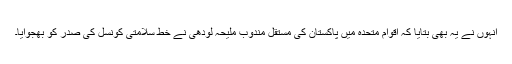
انہوں نے یہ بھی بتایا کہ اقوام متحدہ میں پاکستان کی مستقل مندوب ملیحہ لودھی نے خط سلامتی کونسل کی صدر کو بھجوایا۔